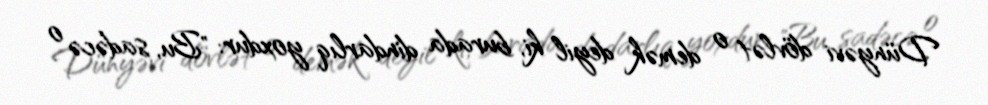
Dünyəvi dövlət o demək deyil ki, burada dindarlıq yoxdur: "Bu, sadəcə o